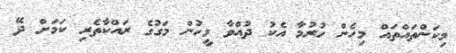
މިކަންތައްތައް މިހެން ހުރުމާ އެކު ދުއްވާ މީހުން މަގުގެ ރައްކާތެރި ކަމަށް ދޭ